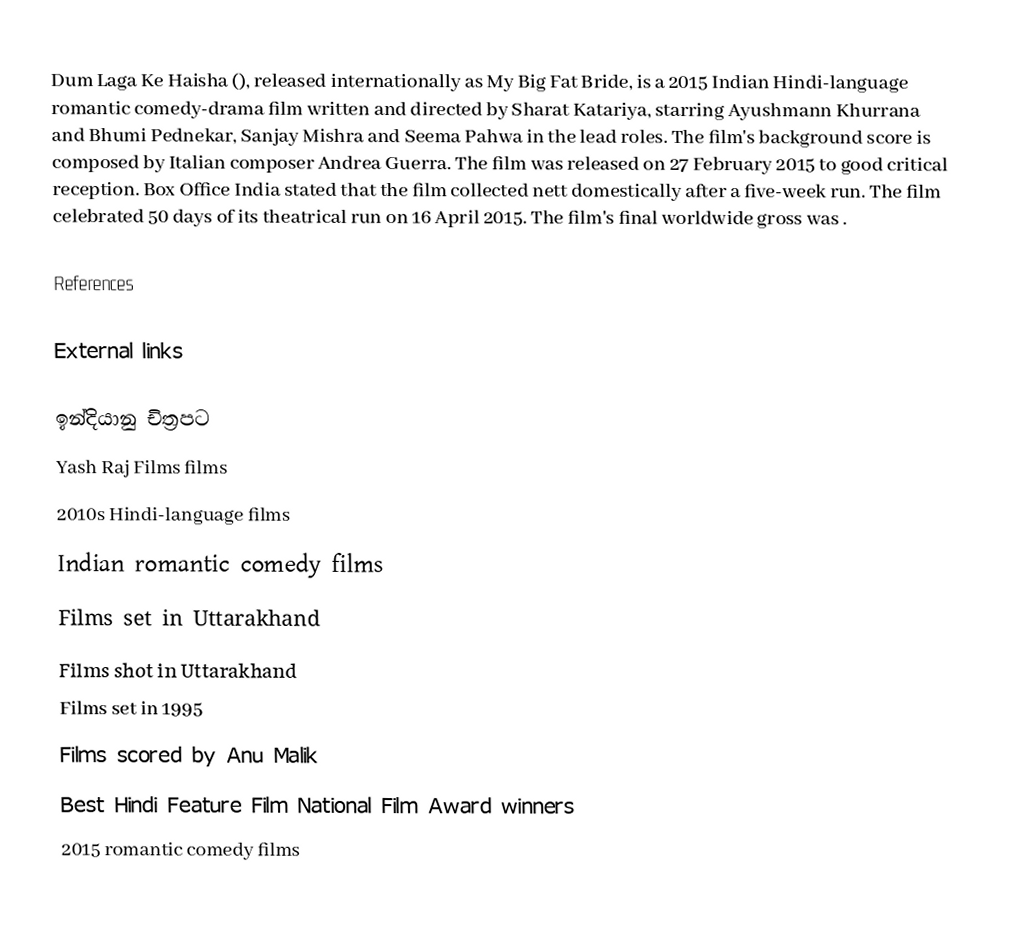
Dum Laga Ke Haisha (), released internationally as My Big Fat Bride, is a 2015 Indian Hindi-language romantic comedy-drama film written and directed by Sharat Katariya, starring Ayushmann Khurrana and Bhumi Pednekar, Sanjay Mishra and Seema Pahwa in the lead roles. The film's background score is composed by Italian composer Andrea Guerra. The film was released on 27 February 2015 to good critical reception. Box Office India stated that the film collected  nett domestically after a five-week run. The film celebrated 50 days of its theatrical run on 16 April 2015. The film's final worldwide gross was .

References

External links

ඉන්දියානු චිත්‍රපට
Yash Raj Films films
2010s Hindi-language films
Indian romantic comedy films
Films set in Uttarakhand
Films shot in Uttarakhand
Films set in 1995
Films scored by Anu Malik
Best Hindi Feature Film National Film Award winners
2015 romantic comedy films